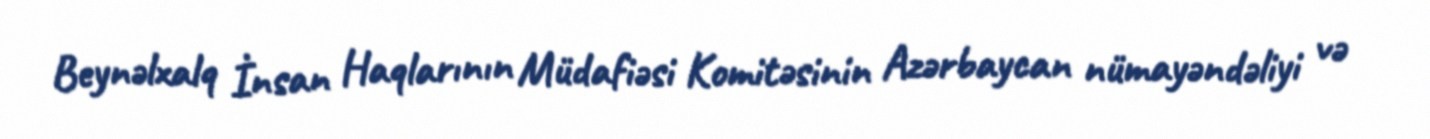
Beynəlxalq İnsan Haqlarının Müdafiəsi Komitəsinin Azərbaycan nümayəndəliyi və